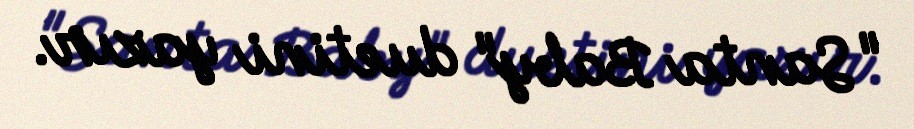
"Santa Baby" duetini yazır.